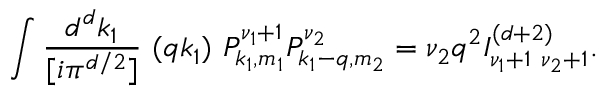
\int \frac { d ^ { d } k _ { 1 } } { [ i \pi ^ { d / 2 } ] } ~ ( q k _ { 1 } ) ~ P _ { k _ { 1 } , m _ { 1 } } ^ { \nu _ { 1 } + 1 } P _ { k _ { 1 } - q , m _ { 2 } } ^ { \nu _ { 2 } } = \nu _ { 2 } q ^ { 2 } I _ { \nu _ { 1 } + 1 ~ \nu _ { 2 } + 1 } ^ { ( d + 2 ) } .